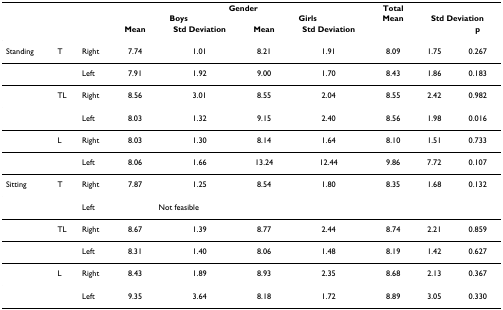
<table><thead><tr><td></td><td></td><td></td><td colspan="4"><b>Gender</b></td><td><b>Total</b></td><td></td><td></td></tr><tr><td></td><td></td><td></td><td colspan="2"><b>Boys</b></td><td colspan="2"><b>Girls</b></td><td><b>Mean</b></td><td colspan="2"><b>Std Deviation</b></td></tr><tr><td></td><td></td><td></td><td><b>Mean</b></td><td><b>Std Deviation</b></td><td><b>Mean</b></td><td><b>Std Deviation</b></td><td></td><td></td><td><b>p</b></td></tr></thead><tbody><tr><td>Standing</td><td>T</td><td>Right</td><td>7.74</td><td>1.01</td><td>8.21</td><td>1.91</td><td>8.09</td><td>1.75</td><td>0.267</td></tr><tr><td></td><td></td><td>Left</td><td>7.91</td><td>1.92</td><td>9.00</td><td>1.70</td><td>8.43</td><td>1.86</td><td>0.183</td></tr><tr><td></td><td>TL</td><td>Right</td><td>8.56</td><td>3.01</td><td>8.55</td><td>2.04</td><td>8.55</td><td>2.42</td><td>0.982</td></tr><tr><td></td><td></td><td>Left</td><td>8.03</td><td>1.32</td><td>9.15</td><td>2.40</td><td>8.56</td><td>1.98</td><td>0.016</td></tr><tr><td></td><td>L</td><td>Right</td><td>8.03</td><td>1.30</td><td>8.14</td><td>1.64</td><td>8.10</td><td>1.51</td><td>0.733</td></tr><tr><td></td><td></td><td>Left</td><td>8.06</td><td>1.66</td><td>13.24</td><td>12.44</td><td>9.86</td><td>7.72</td><td>0.107</td></tr><tr><td>Sitting</td><td>T</td><td>Right</td><td>7.87</td><td>1.25</td><td>8.54</td><td>1.80</td><td>8.35</td><td>1.68</td><td>0.132</td></tr><tr><td></td><td></td><td>Left</td><td colspan="2">Not feasible</td><td></td><td></td><td></td><td></td><td></td></tr><tr><td></td><td>TL</td><td>Right</td><td>8.67</td><td>1.39</td><td>8.77</td><td>2.44</td><td>8.74</td><td>2.21</td><td>0.859</td></tr><tr><td></td><td></td><td>Left</td><td>8.31</td><td>1.40</td><td>8.06</td><td>1.48</td><td>8.19</td><td>1.42</td><td>0.627</td></tr><tr><td></td><td>L</td><td>Right</td><td>8.43</td><td>1.89</td><td>8.93</td><td>2.35</td><td>8.68</td><td>2.13</td><td>0.367</td></tr><tr><td></td><td></td><td>Left</td><td>9.35</td><td>3.64</td><td>8.18</td><td>1.72</td><td>8.89</td><td>3.05</td><td>0.330</td></tr></tbody></table>